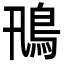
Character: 鳵